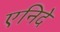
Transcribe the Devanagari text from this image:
एनिदे